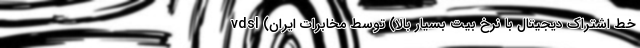
vdsl (خط اشتراک دیجیتال با نرخ بیت بسیار بالا) توسط مخابرات ایران